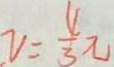
v = \frac { 4 } { 3 } \pi